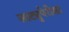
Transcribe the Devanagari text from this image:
लाट्युपेरीसा